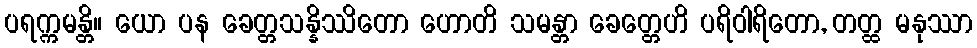
ပရက္ကမန္တိ။ ယော ပန ခေတ္တသန္နိဿိတော ဟောတိ သမန္တာ ခေတ္တေဟိ ပရိဝါရိတော, တတ္ထ မနုဿာ